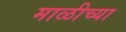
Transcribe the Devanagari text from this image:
माळीच्या